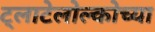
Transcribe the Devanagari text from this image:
ट्लाटेलोल्कोच्या